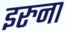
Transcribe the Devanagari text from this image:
इरुना